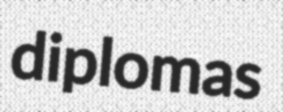
diplomas